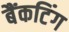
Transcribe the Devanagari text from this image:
बैंकटिंग